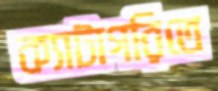
ক্যাটাগরিতে